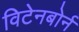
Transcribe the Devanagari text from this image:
विटेनबोर्न